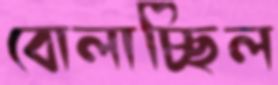
বোলাচ্ছিল